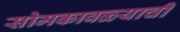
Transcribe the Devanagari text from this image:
सोमकावळ्याची